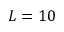
L = 1 0